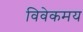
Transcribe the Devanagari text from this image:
विवेकमय